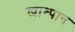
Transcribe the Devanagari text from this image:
खान्पान